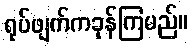
ရုပ်ဖျက်ကခုန်ကြမည်။